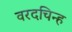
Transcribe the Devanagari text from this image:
वरदचिन्ह